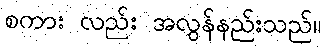
စကား လည်း အလွန်နည်းသည်။